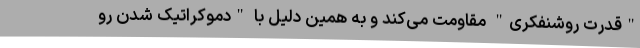
"قدرت روشنفکری" مقاومت می‌کند و به همین دلیل با "دموکراتیک شدن رو